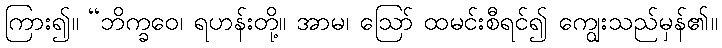
ကြား၍။ “ဘိက္ခဝေ၊ ရဟန်းတို့။ အာမ၊ ဩော် ထမင်းစီရင်၍ ကျွေးသည်မှန်၏။